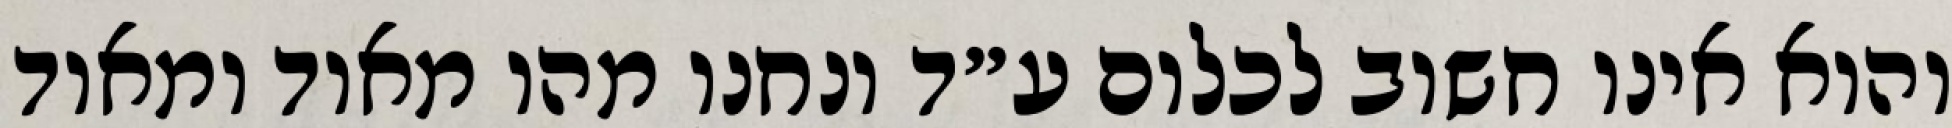
והוא אינו חשוב לכלום ע״ד ונחנו מהו מאוד ומאוד